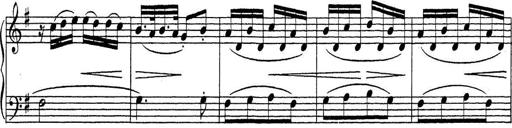
Title: ÄŒeskÃ© Sonatiny
Composer: Various